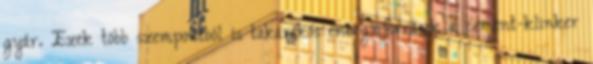
gyár. Ezek több szempontból is takarékos energiaforrások a cement-klinker